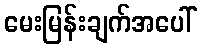
မေးမြန်းချက်အပေါ်